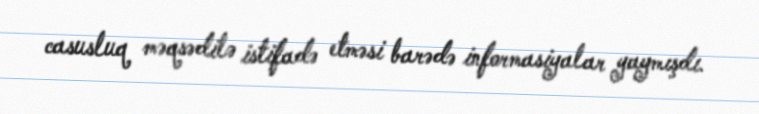
casusluq məqsədilə istifadə etməsi barədə informasiyalar yaymışdı.